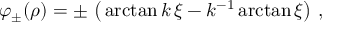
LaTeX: \varphi _ { \pm } ( \rho ) = \pm \, \left( \, \arctan { k \, \xi } - k ^ { - 1 } \arctan { \xi } \right) \, ,